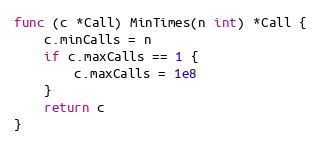
Language: Go
func (c *Call) MinTimes(n int) *Call {
	c.minCalls = n
	if c.maxCalls == 1 {
		c.maxCalls = 1e8
	}
	return c
}